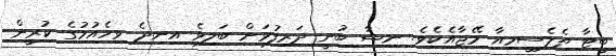
ބީޓާ ތެލެސީމިއާ މޭޖާއެކެވެ. ނިޝާ ބުނީ ދަރިފުޅަށް ބަލިވެ އިނދެ ވިހެއުމުގެ ކުރީން